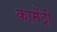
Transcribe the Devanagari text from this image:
कामेंट्री